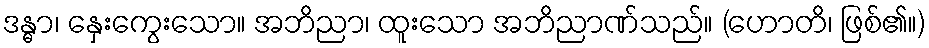
ဒန္ဓာ၊ နှေးကွေးသော။ အဘိညာ၊ ထူးသော အဘိညာဏ်သည်။ (ဟောတိ၊ ဖြစ်၏။)